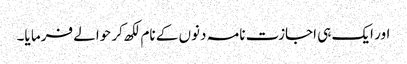
اور ایک ہی اجازت نامہ دنوں کے نام لکھ کر حوالے فرما یا۔